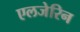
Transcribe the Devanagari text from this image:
एलजेरिन